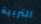
التربية